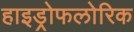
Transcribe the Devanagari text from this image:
हाइड्रोफलोरिक